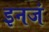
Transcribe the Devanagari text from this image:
इनजं